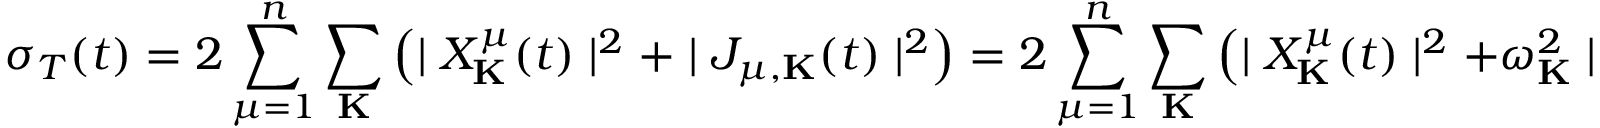
\sigma _ { T } ( t ) = 2 \sum _ { \mu = 1 } ^ { n } \sum _ { \bf K } \left( \mid X _ { \bf K } ^ { \mu } ( t ) \mid ^ { 2 } + \mid J _ { \mu , { \bf K } } ( t ) \mid ^ { 2 } \right) = 2 \sum _ { \mu = 1 } ^ { n } \sum _ { \bf K } \left( \mid X _ { \bf K } ^ { \mu } ( t ) \mid ^ { 2 } + \omega _ { \bf K } ^ { 2 } \mid \alpha _ { \mu , { \bf K } } ( t ) \mid ^ { 2 } \right)